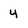
Character: 4